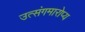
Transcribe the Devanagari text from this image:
उत्संगमारोप्य